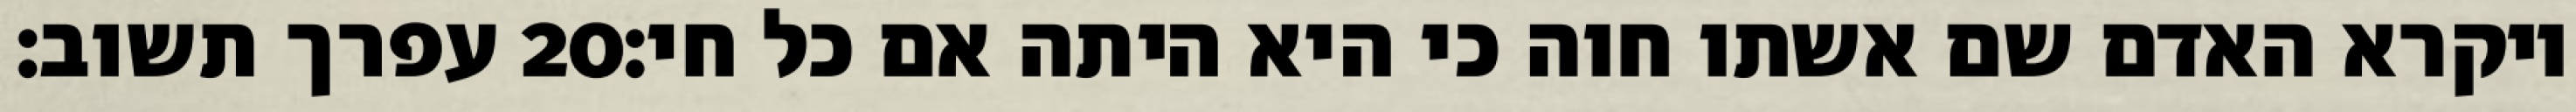
עפרך תשוב׃ ‎20‏ ויקרא האדם שם אשתו חוה כי היא היתה אם כל חי׃